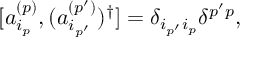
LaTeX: [ a _ { i _ { p } } ^ { ( p ) } , ( a _ { i _ { p ^ { \prime } } } ^ { ( p ^ { \prime } ) } ) ^ { \dagger } ] = \delta _ { i _ { p ^ { \prime } } i _ { p } } \delta ^ { p ^ { \prime } p } ,